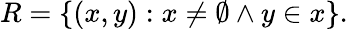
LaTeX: R=\{ (x,y):x\neq\emptyset\land y\in x\} .